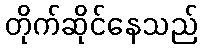
တိုက်ဆိုင်နေသည်